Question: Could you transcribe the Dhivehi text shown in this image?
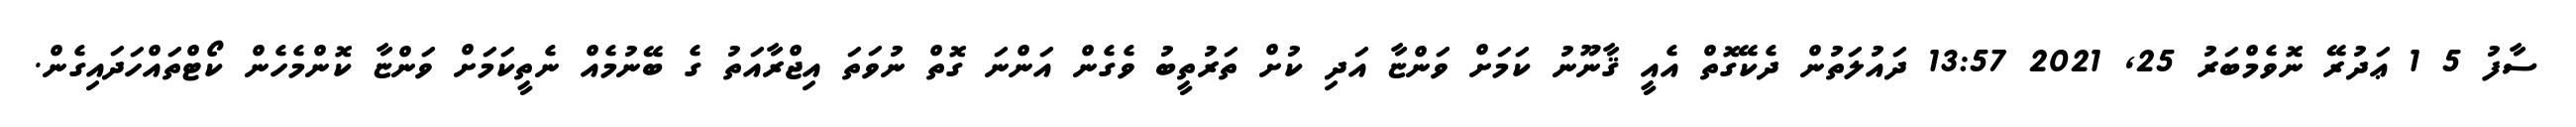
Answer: ސާފު 5 1 ޢަދުރޭ ނޮވެމްބަރު 25, 2021 13:57 ދައުލަތުން ދެކޭގޮތް އެއީ ޤާނޫނު ކަމަށް ވަންޏާ އަދި ކުށް ތަރުތީބު ވެގެން އަންނަ ގޮތް ނުވަތަ އިޖްރާއަތު ގެ ބޭނުމެއް ނެތީކަމަށް ވަންޏާ ކޮންމެހެން ކޯޓްތައްހަދައިގެން.